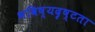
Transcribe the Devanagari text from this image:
भविष्यदृष्टता